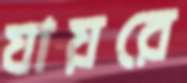
যায়রে